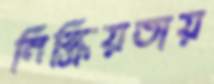
নিষ্ক্রিয়তায়